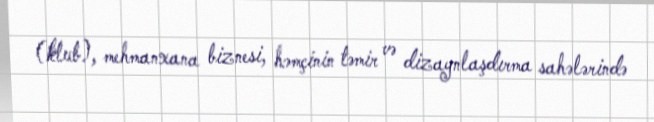
(klub), mehmanxana biznesi, həmçinin təmir və dizaynlaşdırma sahələrində